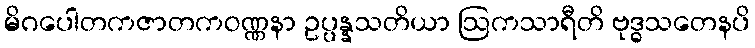
မိဂပေါတကဇာတကဝဏ္ဏနာ ဥပ္ပန္နသတိယာ ဩကသာရီတိ ဗုဒ္ဓသတေနပိ